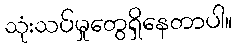
သုံးသပ်မှုတွေရှိနေတာပါ။